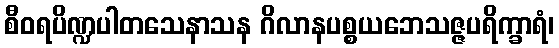
စီဝရပိဏ္ဍပါတသေနာသန ဂိလာနပစ္စယဘေသဇ္ဇပရိက္ခာရံ၊